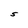
Character: S